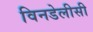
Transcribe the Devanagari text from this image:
विनडेलीसी